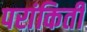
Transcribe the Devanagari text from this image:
परांकिती